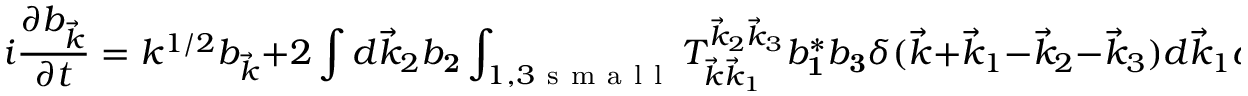
i \frac { \partial b _ { \vec { k } } } { \partial t } = k ^ { 1 / 2 } b _ { \vec { k } } + 2 \int d \vec { k } _ { 2 } b _ { \mathbf 2 } \int _ { 1 , 3 \mathrm { ~ s ~ m ~ a ~ l ~ l ~ } } T _ { \vec { k } \vec { k } _ { 1 } } ^ { \vec { k } _ { 2 } \vec { k } _ { 3 } } b _ { \mathbf 1 } ^ { * } b _ { \mathbf 3 } \delta ( \vec { k } + \vec { k } _ { 1 } - \vec { k } _ { 2 } - \vec { k } _ { 3 } ) d \vec { k } _ { 1 } d \vec { k } _ { 3 } ,